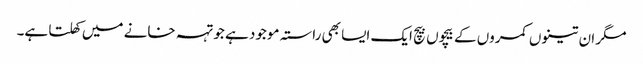
مگر ان تینوں کمروں کے بیچوں بیچ ایک ایسا بھی راستہ موجود ہے جو تہہ خانے میں کھلتا ہے۔